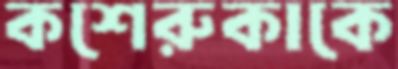
কশেরুকাকে